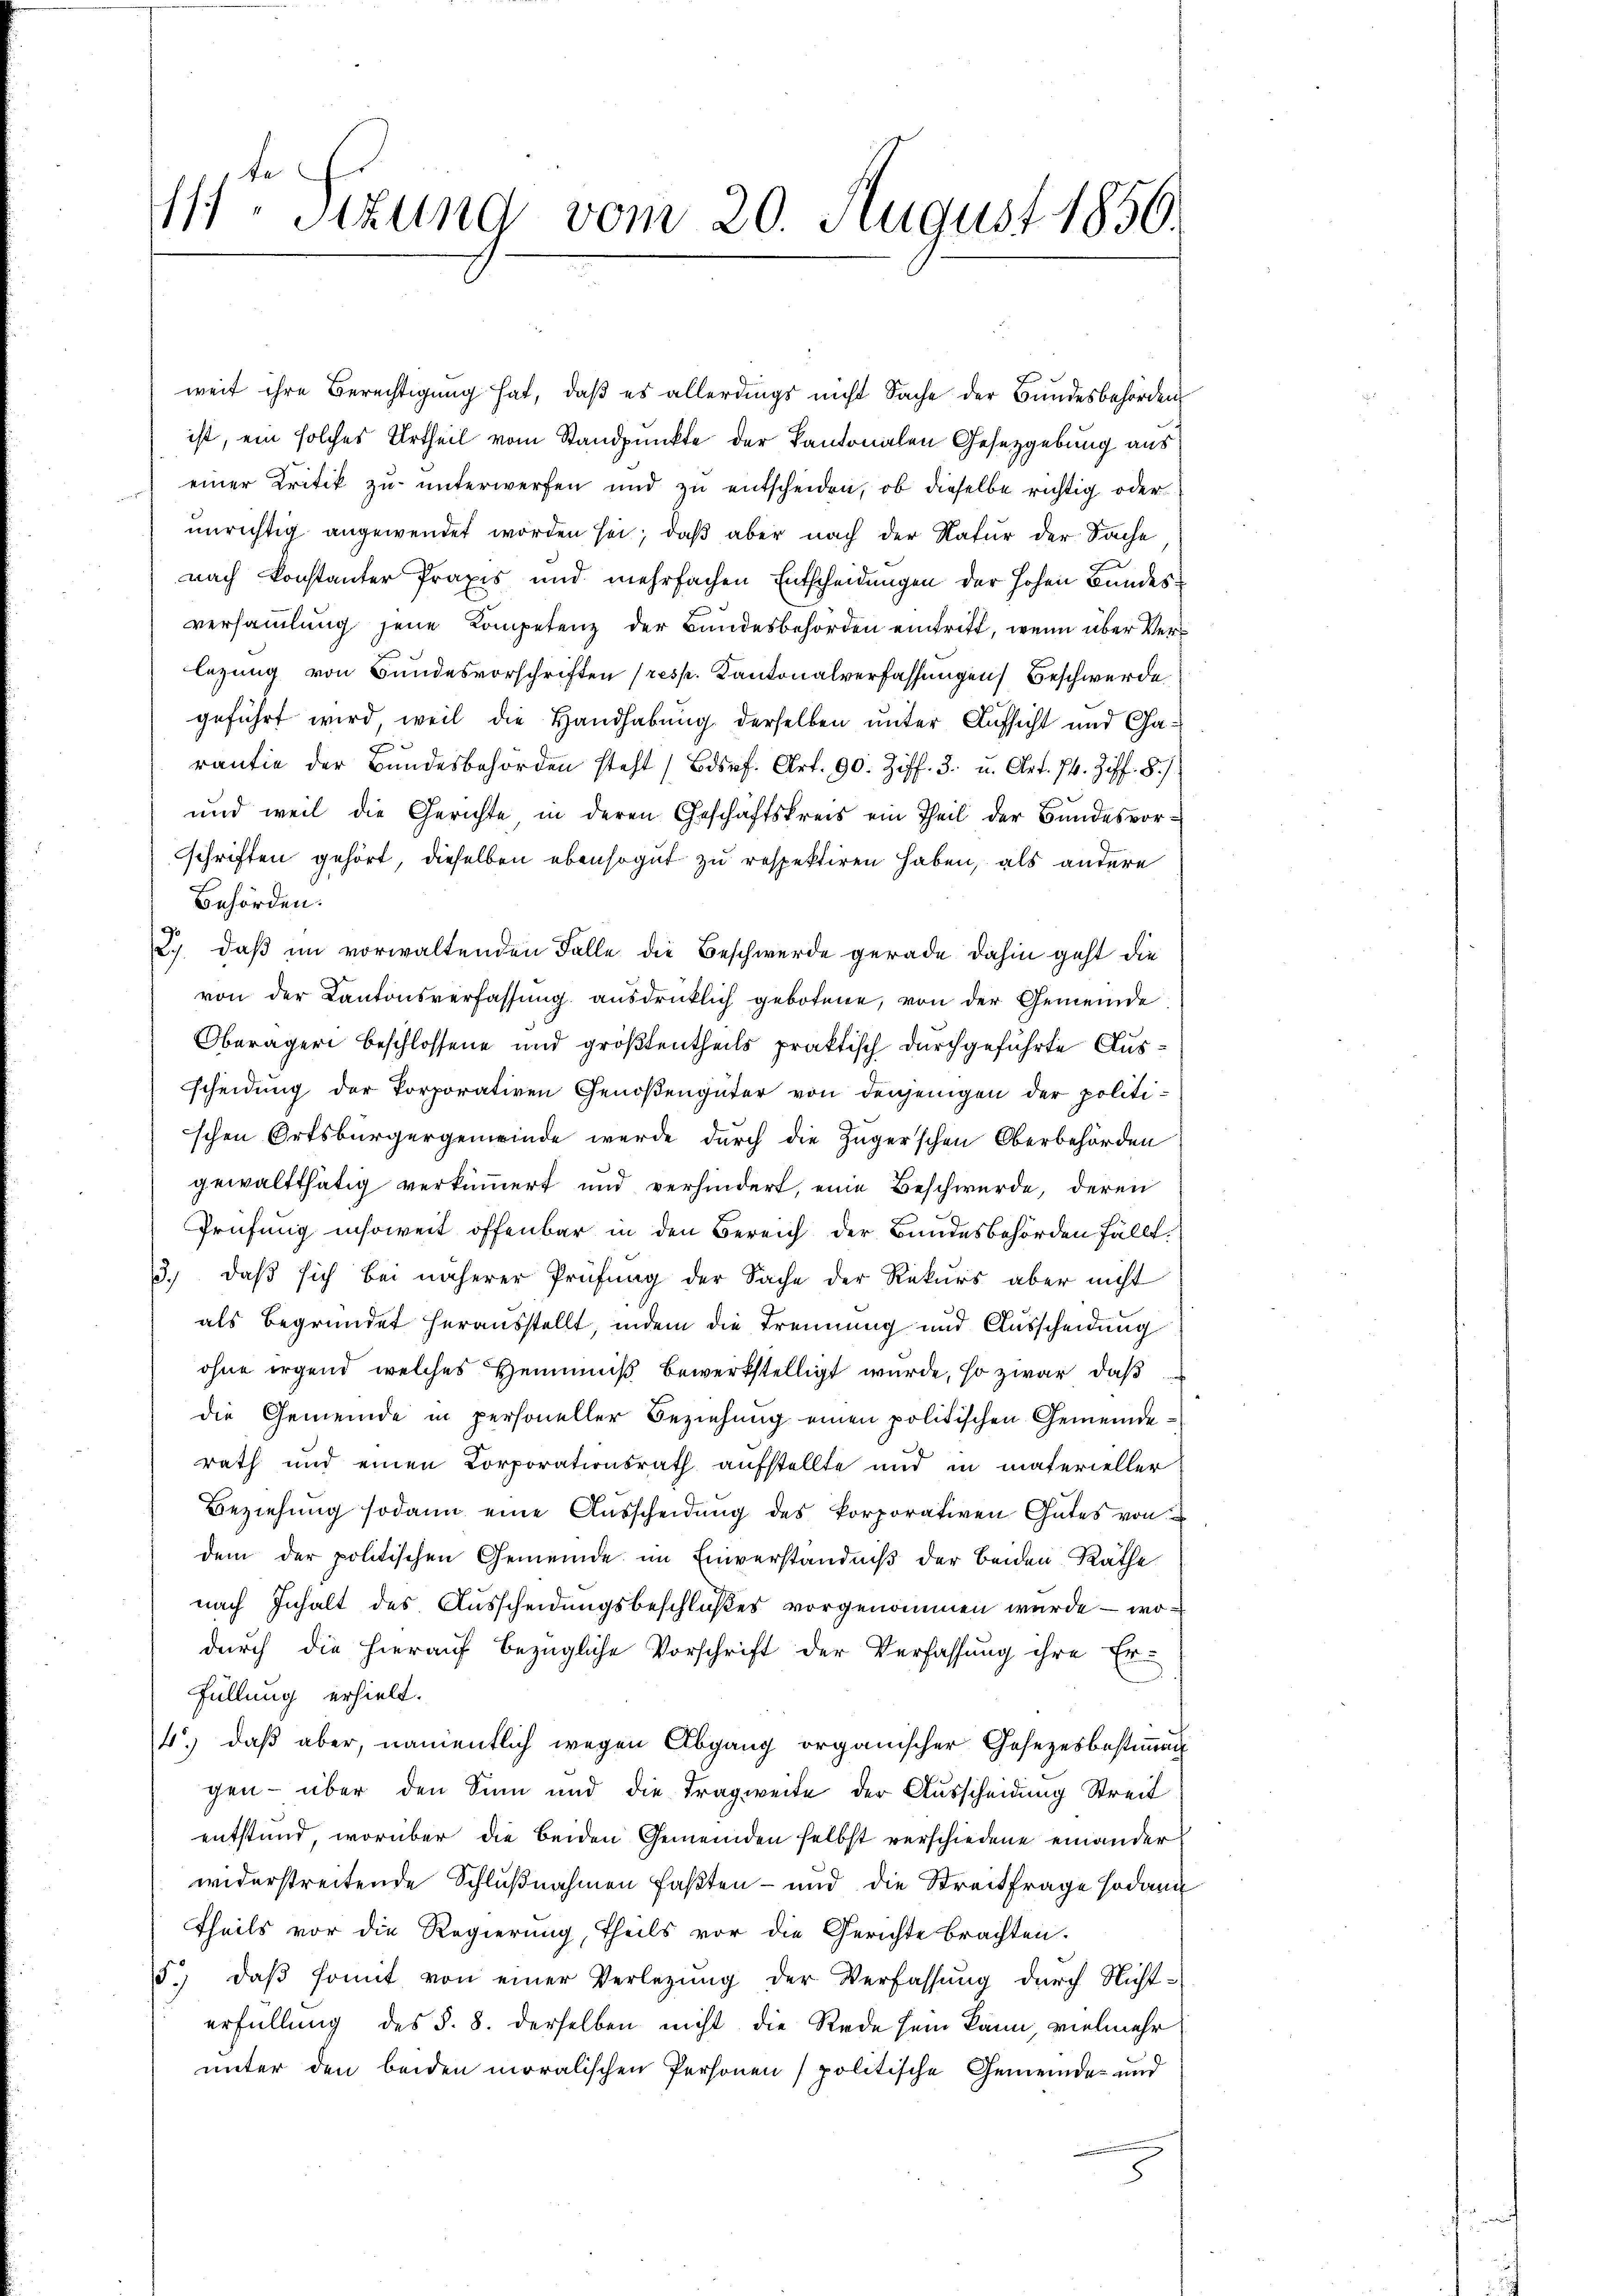
111. Sitzung vom 20. August 1856.

weit ihre Berechtigung hat, daß es allerdings nicht Sache der Bundesbehörden
ist, ein solches Urtheil vom Standpunkte der Kantonalen Gesetzgebung aus
einer Kritik zu unterwerfen und zu entscheiden, ob dieselbe richtig oder
unrichtig angewendet worden sei; daß aber nach der Natur der Sache
nach konstanter Praxis und mehrfachen Entscheidungen der Hohen Bundesversammlung jene Kompetenz der Bundesbehörden eintritt, wenn über Verlegung von Bundesvorschriften (resp. Kantonalverfassungen Beschwerde
geführt wird, weil die Handhabung derselben unter Aufsicht und Garantie der Bundesbehörden steht (Bdspf. Art. 90. Ziff. 3. u. Art. 74. Ziff. 8./
und weil die Gerichte in deren Geschäftskreis ein Theil der Bundesvorschriften gehört, dieselben ebensogut zu respektiren haben, als andere
Behörden.
2.) daß im vorwaltenden Falle die Beschwerde gerade dahin geht die
von der Kantonsverfassŭng ausdrücklich gebotene, von der Gemeinde
Oberägeri beschlossene und größtentheils praktisch durchgeführte Ausscheidung der Porporativen Genoßengüter von denjenigen der politischen Ortsbürgergemeinde wurde durch die Zugerschen Oberbehörden
gewaltthätig verkümmert und verhindert, eine Beschwerde, deren
Prüfung insoweit offenbar in den Bereich der Bundesbehörden fällt.
3.) daß sich bei näherer Prüfung der Sache der Rekurs aber nicht
als begründet herausstellt, indem die Trennung und Ausscheidung
ohne irgend welches Hemmniß bewerkstelligt wurde, so zwar, daß
die Gemeinde in personeller Beziehung einen politischen Gemeinderath und einen Corporationsrath aufstellte und in materieller
Beziehung sodann eine Ausscheidung des korporativen Gutes von
dem der politischen Gemeinde im Einverständniß der beiden Räthe
nach Inhalt des Ausscheidungsbeschlußes vorgenommen wurde — wodurch die hierauf bezügliche Vorschrift der Verfassung ihre Er-
Füllung erhielt.
4.) daß aber, namentlich wegen Abgang organischer Gesetzesbestimmung
gen über den Sinn und die Tragweite der Ausscheidung Streit
entstand, worüber die beiden Gemeinden selbst verschiedene einander
widerstreitende Schlußnahmen faßten – und die Streitfrage sodann
theils vor die Regierung, Theils vor die Gerichte brachten.
15. daβ somit von einer Verlegung der Verfassung durch Nicht-
erfüllung des §. 8. derselben nicht die Rede sein kann, vielmehr
unter den beiden moralischen Personen politische Gemeinde- und